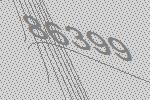
86399